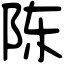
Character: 陈